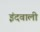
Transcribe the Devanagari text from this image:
इंदवाली